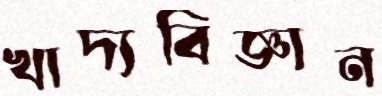
খাদ্যবিজ্ঞান